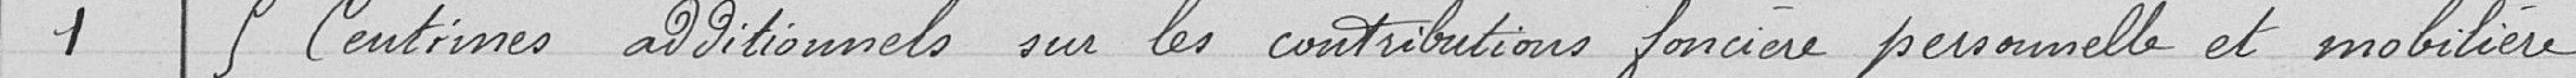
1 9 centimes additionnels sur les contributions foncières personnelles et mobilière